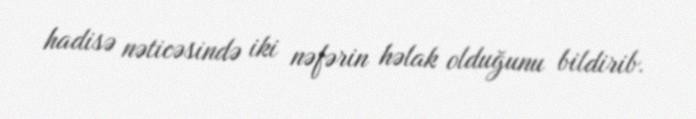
hadisə nəticəsində iki nəfərin həlak olduğunu bildirib.